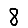
Digit: 8